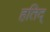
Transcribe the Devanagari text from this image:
हतिद्